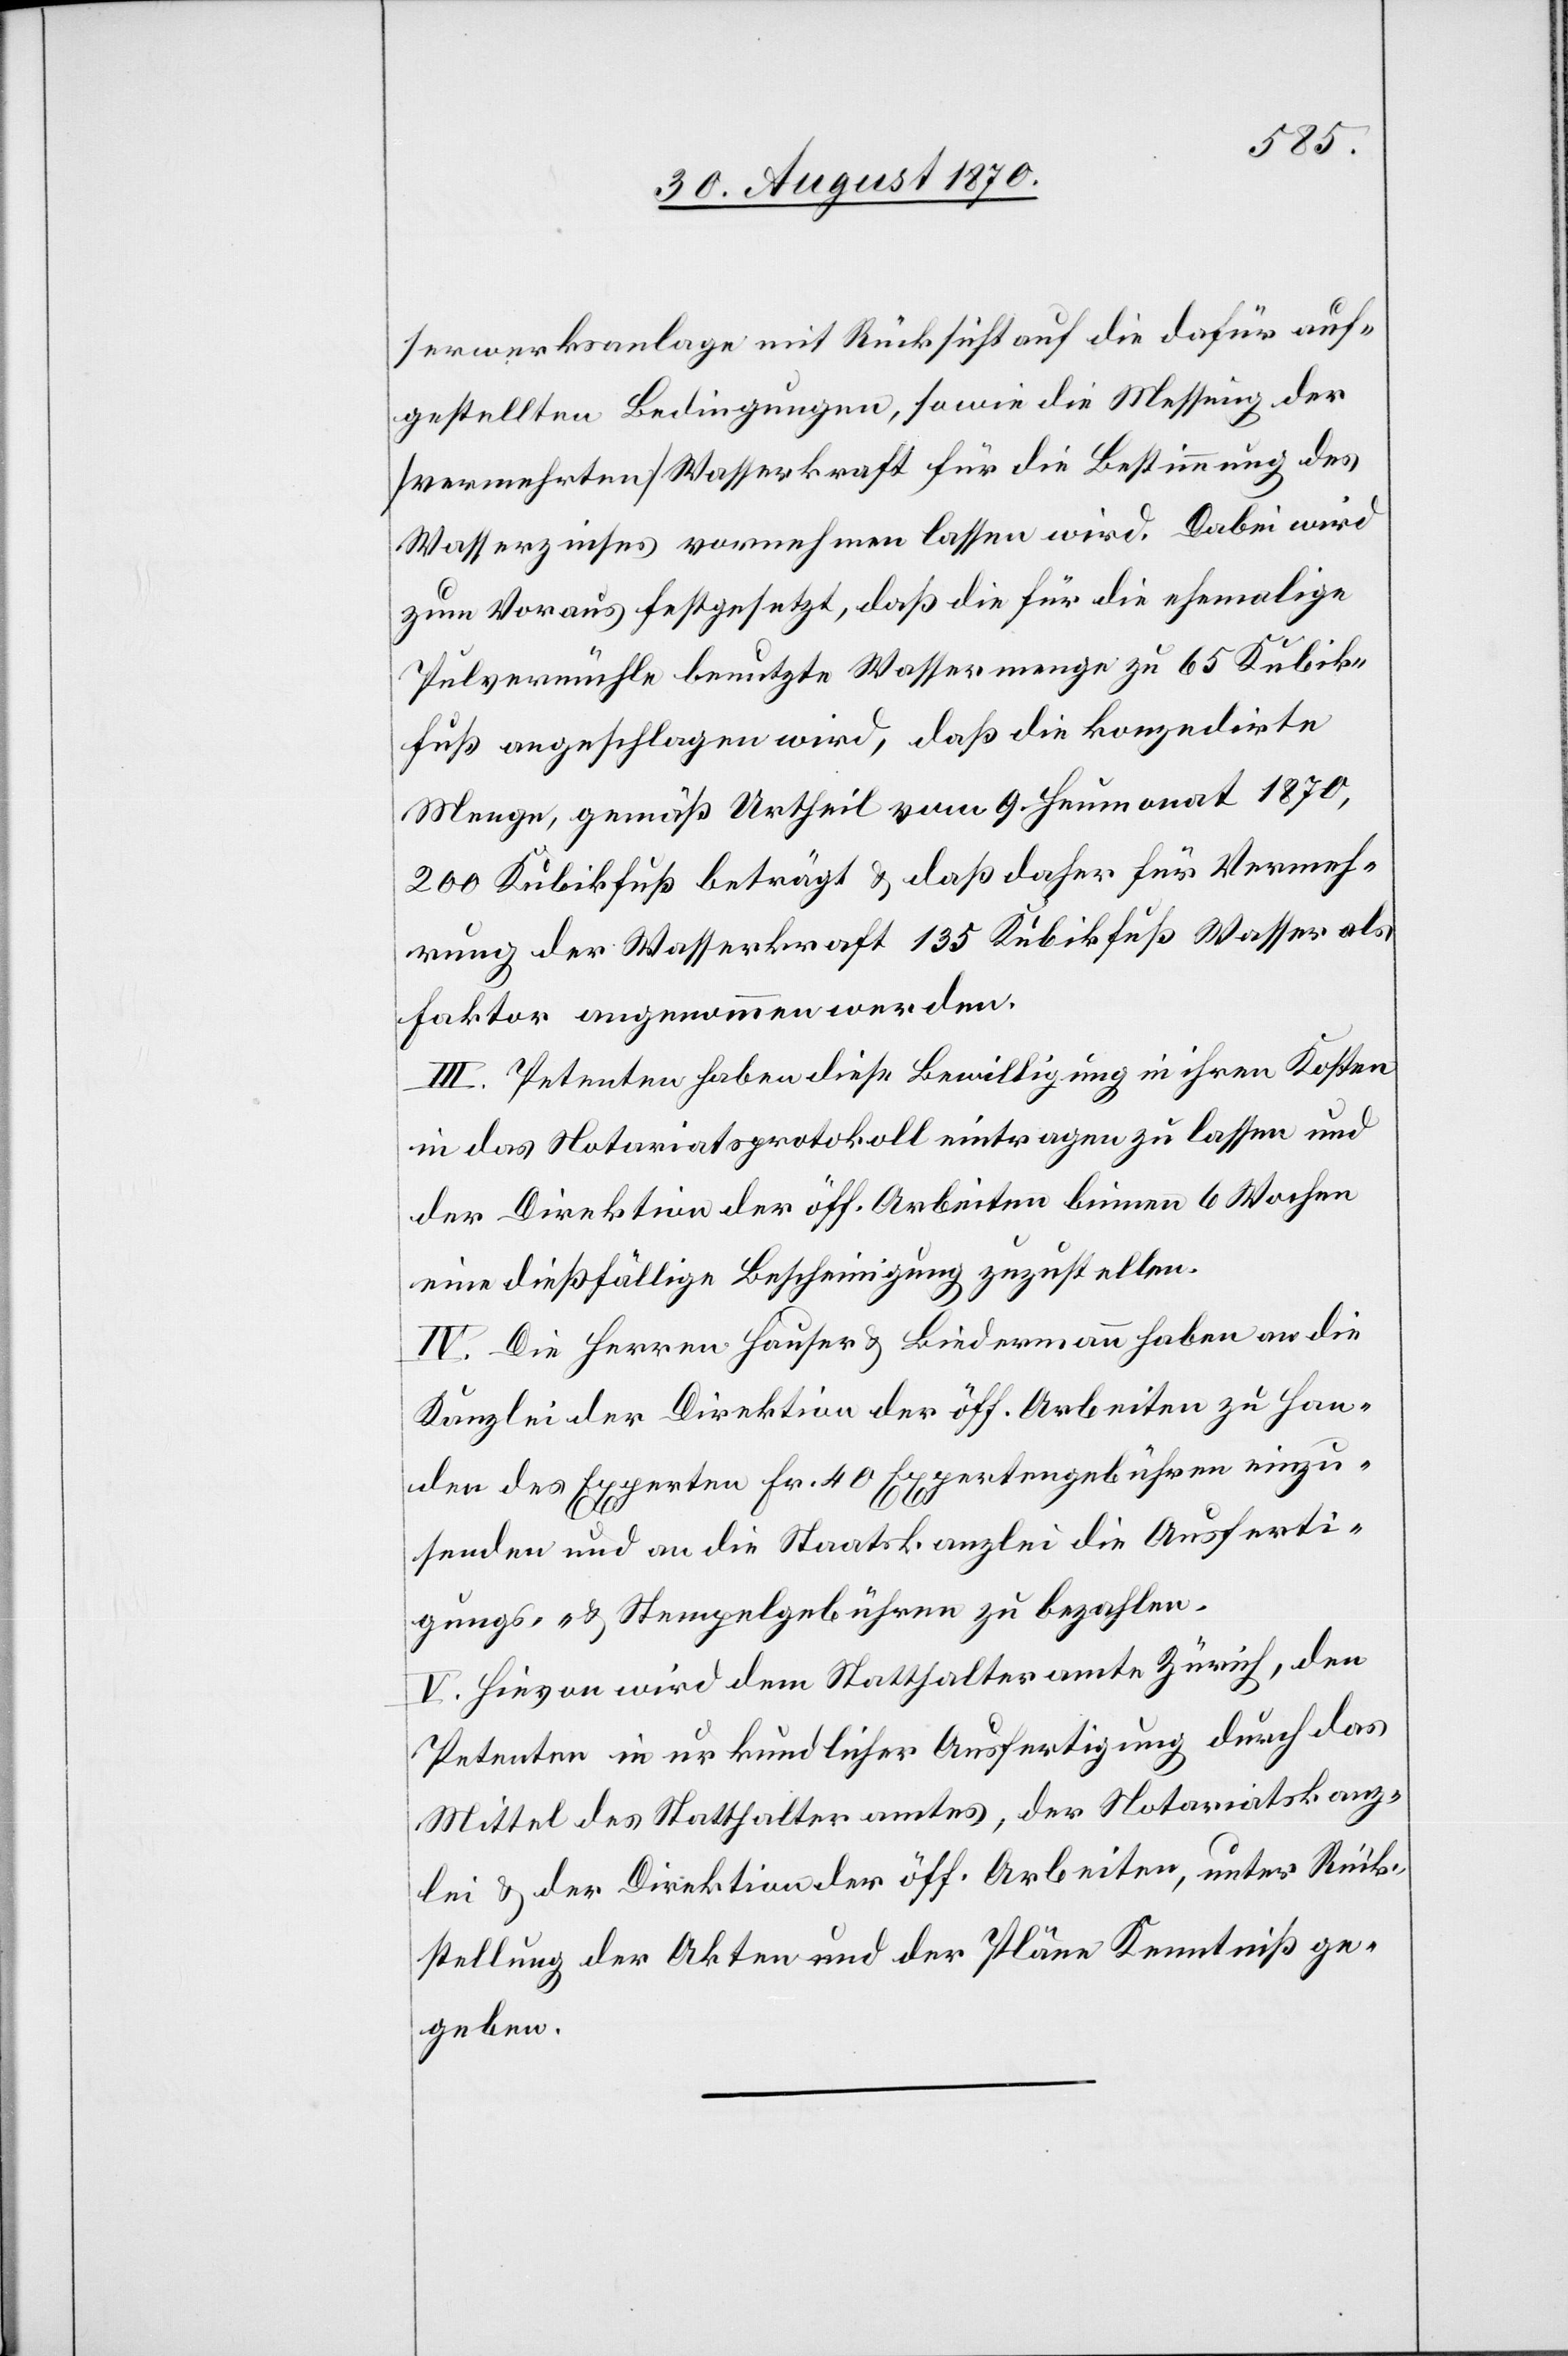
serwerksanlage mit Rücksicht auf die dafür auf¬
gestellten Bedingungen, sowie die Messung der
[vermehrten] Wasserkraft für die Bestimmung des
Wasserzinses vornehmen lassen wird. Dabei wird
zum Voraus festgesetzt, daß die für die ehemalige
Pulvermühle benutzte Wassermenge zu 65 Kubik¬
fuß angeschlagen wird, daß die konzedirte
Menge, gemäß Urtheil vom 9. Heumonat 1870,
200 Kubikfuß beträgt & daß daher für Vermeh¬
rung der Wasserkraft 135 Kubikfuß Wasser als
Faktor angenommen werden.
III. Petenten haben diese Bewilligung in ihren Kosten
in das Notariatsprotokoll eintragen zu lassen und
der Direktion der öff. Arbeiten binnen 6 Wochen
eine dießfällige Bescheinigung zuzustellen.
IV. Die Herren Hauser & Biedermann haben an die
Kanzlei der Direktion der öff. Arbeiten zu Han¬
den des Experten Fr. 40 Expertengebühr einzu¬
senden und an die Staatskanzlei die Ausferti¬
gungs- & Stempelgebühren zu bezahlen.
V. Hievon wird dem Statthalteramt Zürich, den
Petenten in urkundlicher Ausfertigung durch das
Mittel des Statthalteramtes, der Notariatskanz¬
lei & der Direktion der öff. Arbeiten, unter Rück¬
stellung der Akten und der Pläne Kenntniß ge¬
geben.